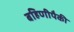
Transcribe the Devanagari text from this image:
बहिणीपैकी